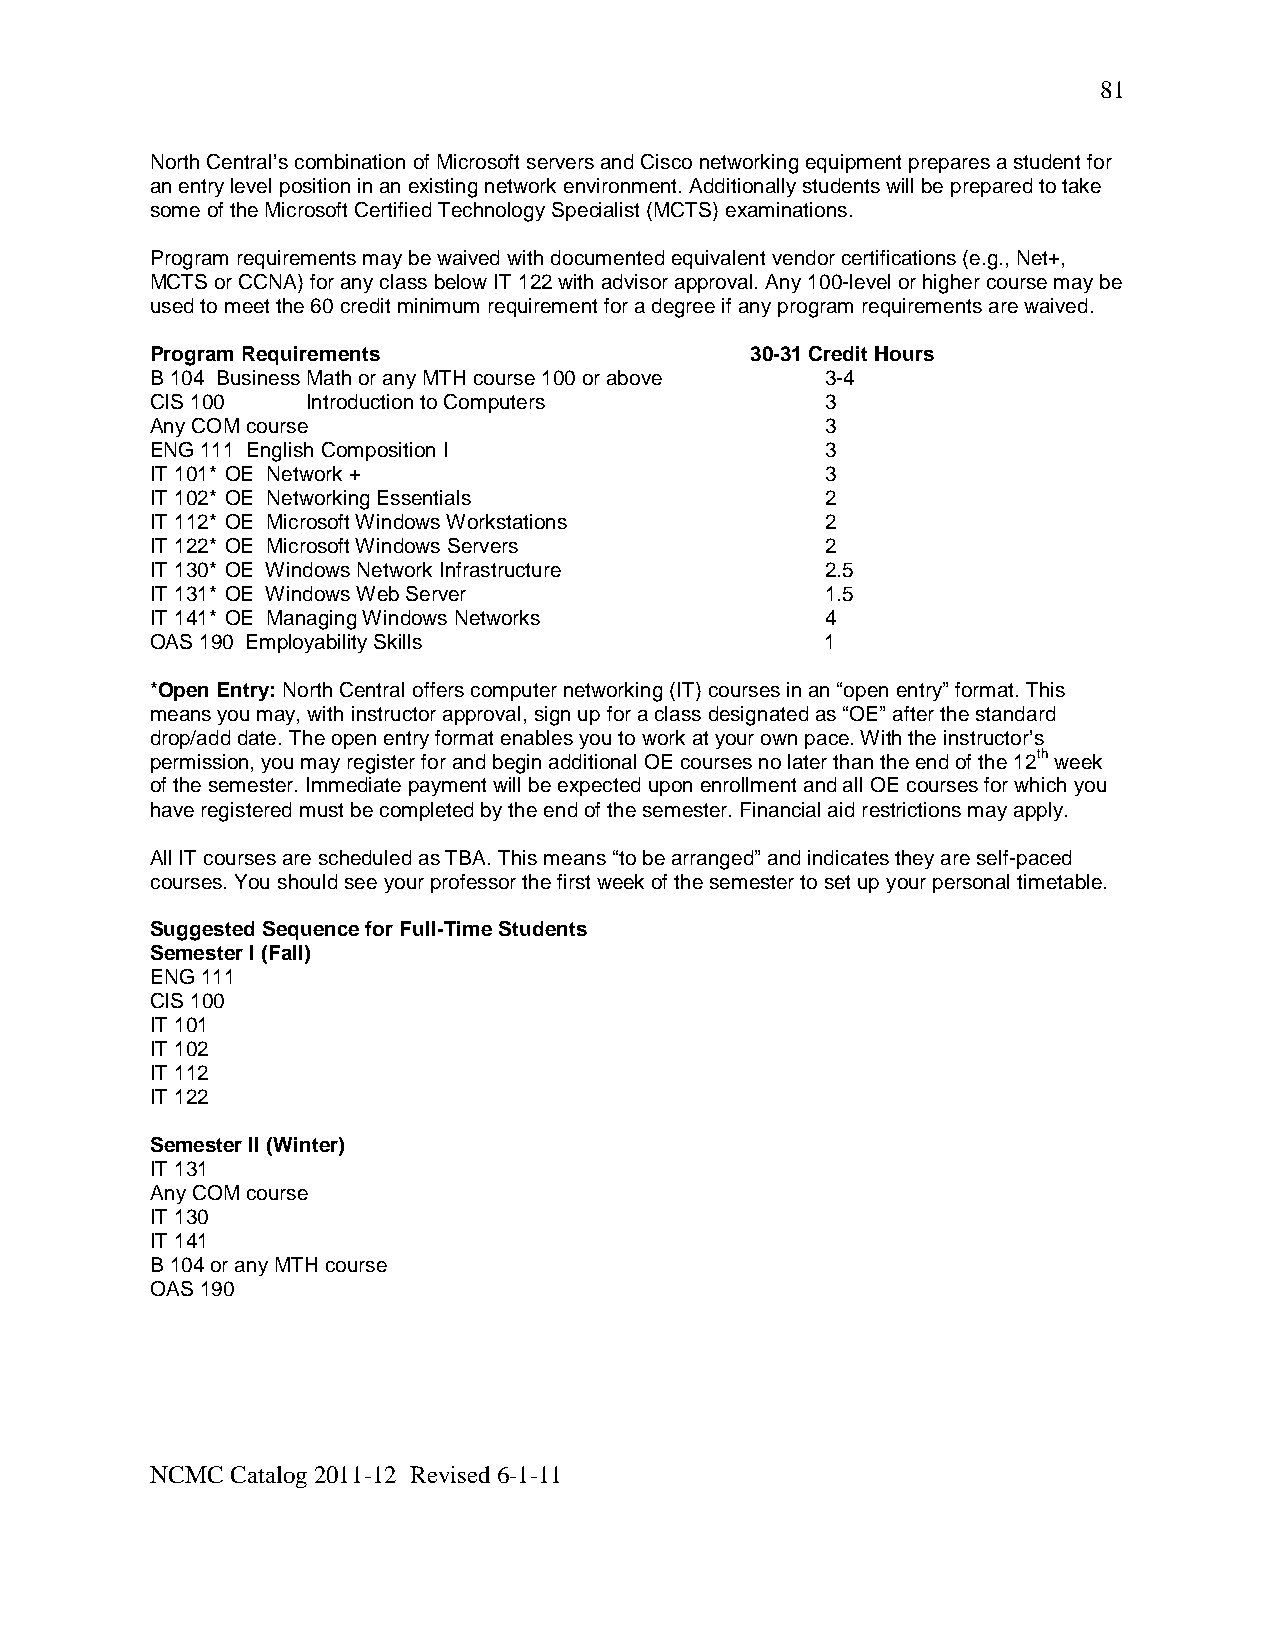
81
 North Central’s combination of Microsoft servers and Cisco networking equipment prepares a student for
 an entry level position in an existing network environment. Additionally students will be prepared to take
 some of the Microsoft Certified Technology Specialist (MCTS) examinations.
 Program requirements may be waived with documented equivalent vendor certifications (e.g., Net+,
 MCTS or CCNA) for any class below IT 122 with advisor approval. Any 100-level or higher course may be
 used to meet the 60 credit minimum requirement for a degree if any program requirements are waived.
 Program Requirements                    30-31 Credit Hours
 B 104 Business Math or any MTH course 100 or above 3-4
 CIS 100   Introduction to Computers          3
 Any COM course                               3
 ENG 111 English Composition I                3
 IT 101* OE Network +                         3
 IT 102* OE Networking Essentials             2
 IT 112* OE Microsoft Windows Workstations    2
 IT 122* OE Microsoft Windows Servers         2
 IT 130* OE Windows Network Infrastructure    2.5
 IT 131* OE Windows Web Server                1.5
 IT 141* OE Managing Windows Networks         4
 OAS 190 Employability Skills                 1
 *Open Entry: North Central offers computer networking (IT) courses in an “open entry” format. This
 means you may, with instructor approval, sign up for a class designated as “OE” after the standard
 drop/add date. The open entry format enables you to work at your own pace. With the instructor’s
 permission, you may register for and begin additional OE courses no later than the end of the 12th week
 of the semester. Immediate payment will be expected upon enrollment and all OE courses for which you
 have registered must be completed by the end of the semester. Financial aid restrictions may apply.
 All IT courses are scheduled as TBA. This means “to be arranged” and indicates they are self-paced
 courses. You should see your professor the first week of the semester to set up your personal timetable.
 Suggested Sequence for Full-Time Students
 Semester I (Fall)
 ENG 111
 CIS 100
 IT 101
 IT 102
 IT 112
 IT 122
 Semester II (Winter)
 IT 131
 Any COM course
 IT 130
 IT 141
 B 104 or any MTH course
 OAS 190
 NCMC Catalog 2011-12 Revised 6-1-11